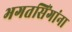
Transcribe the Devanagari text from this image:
भगतसिंगांना